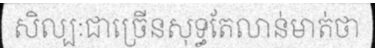
សិល្បៈជាច្រើនសុទ្ធតែលាន់មាត់ថា